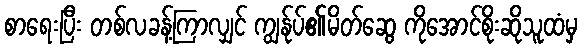
စာရေးပြီး တစ်လခန့်ကြာလျှင် ကျွန်ုပ်၏မိတ်ဆွေ ကိုအောင်စိုးဆိုသူထံမှ